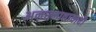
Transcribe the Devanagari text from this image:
अनात्मातावादी